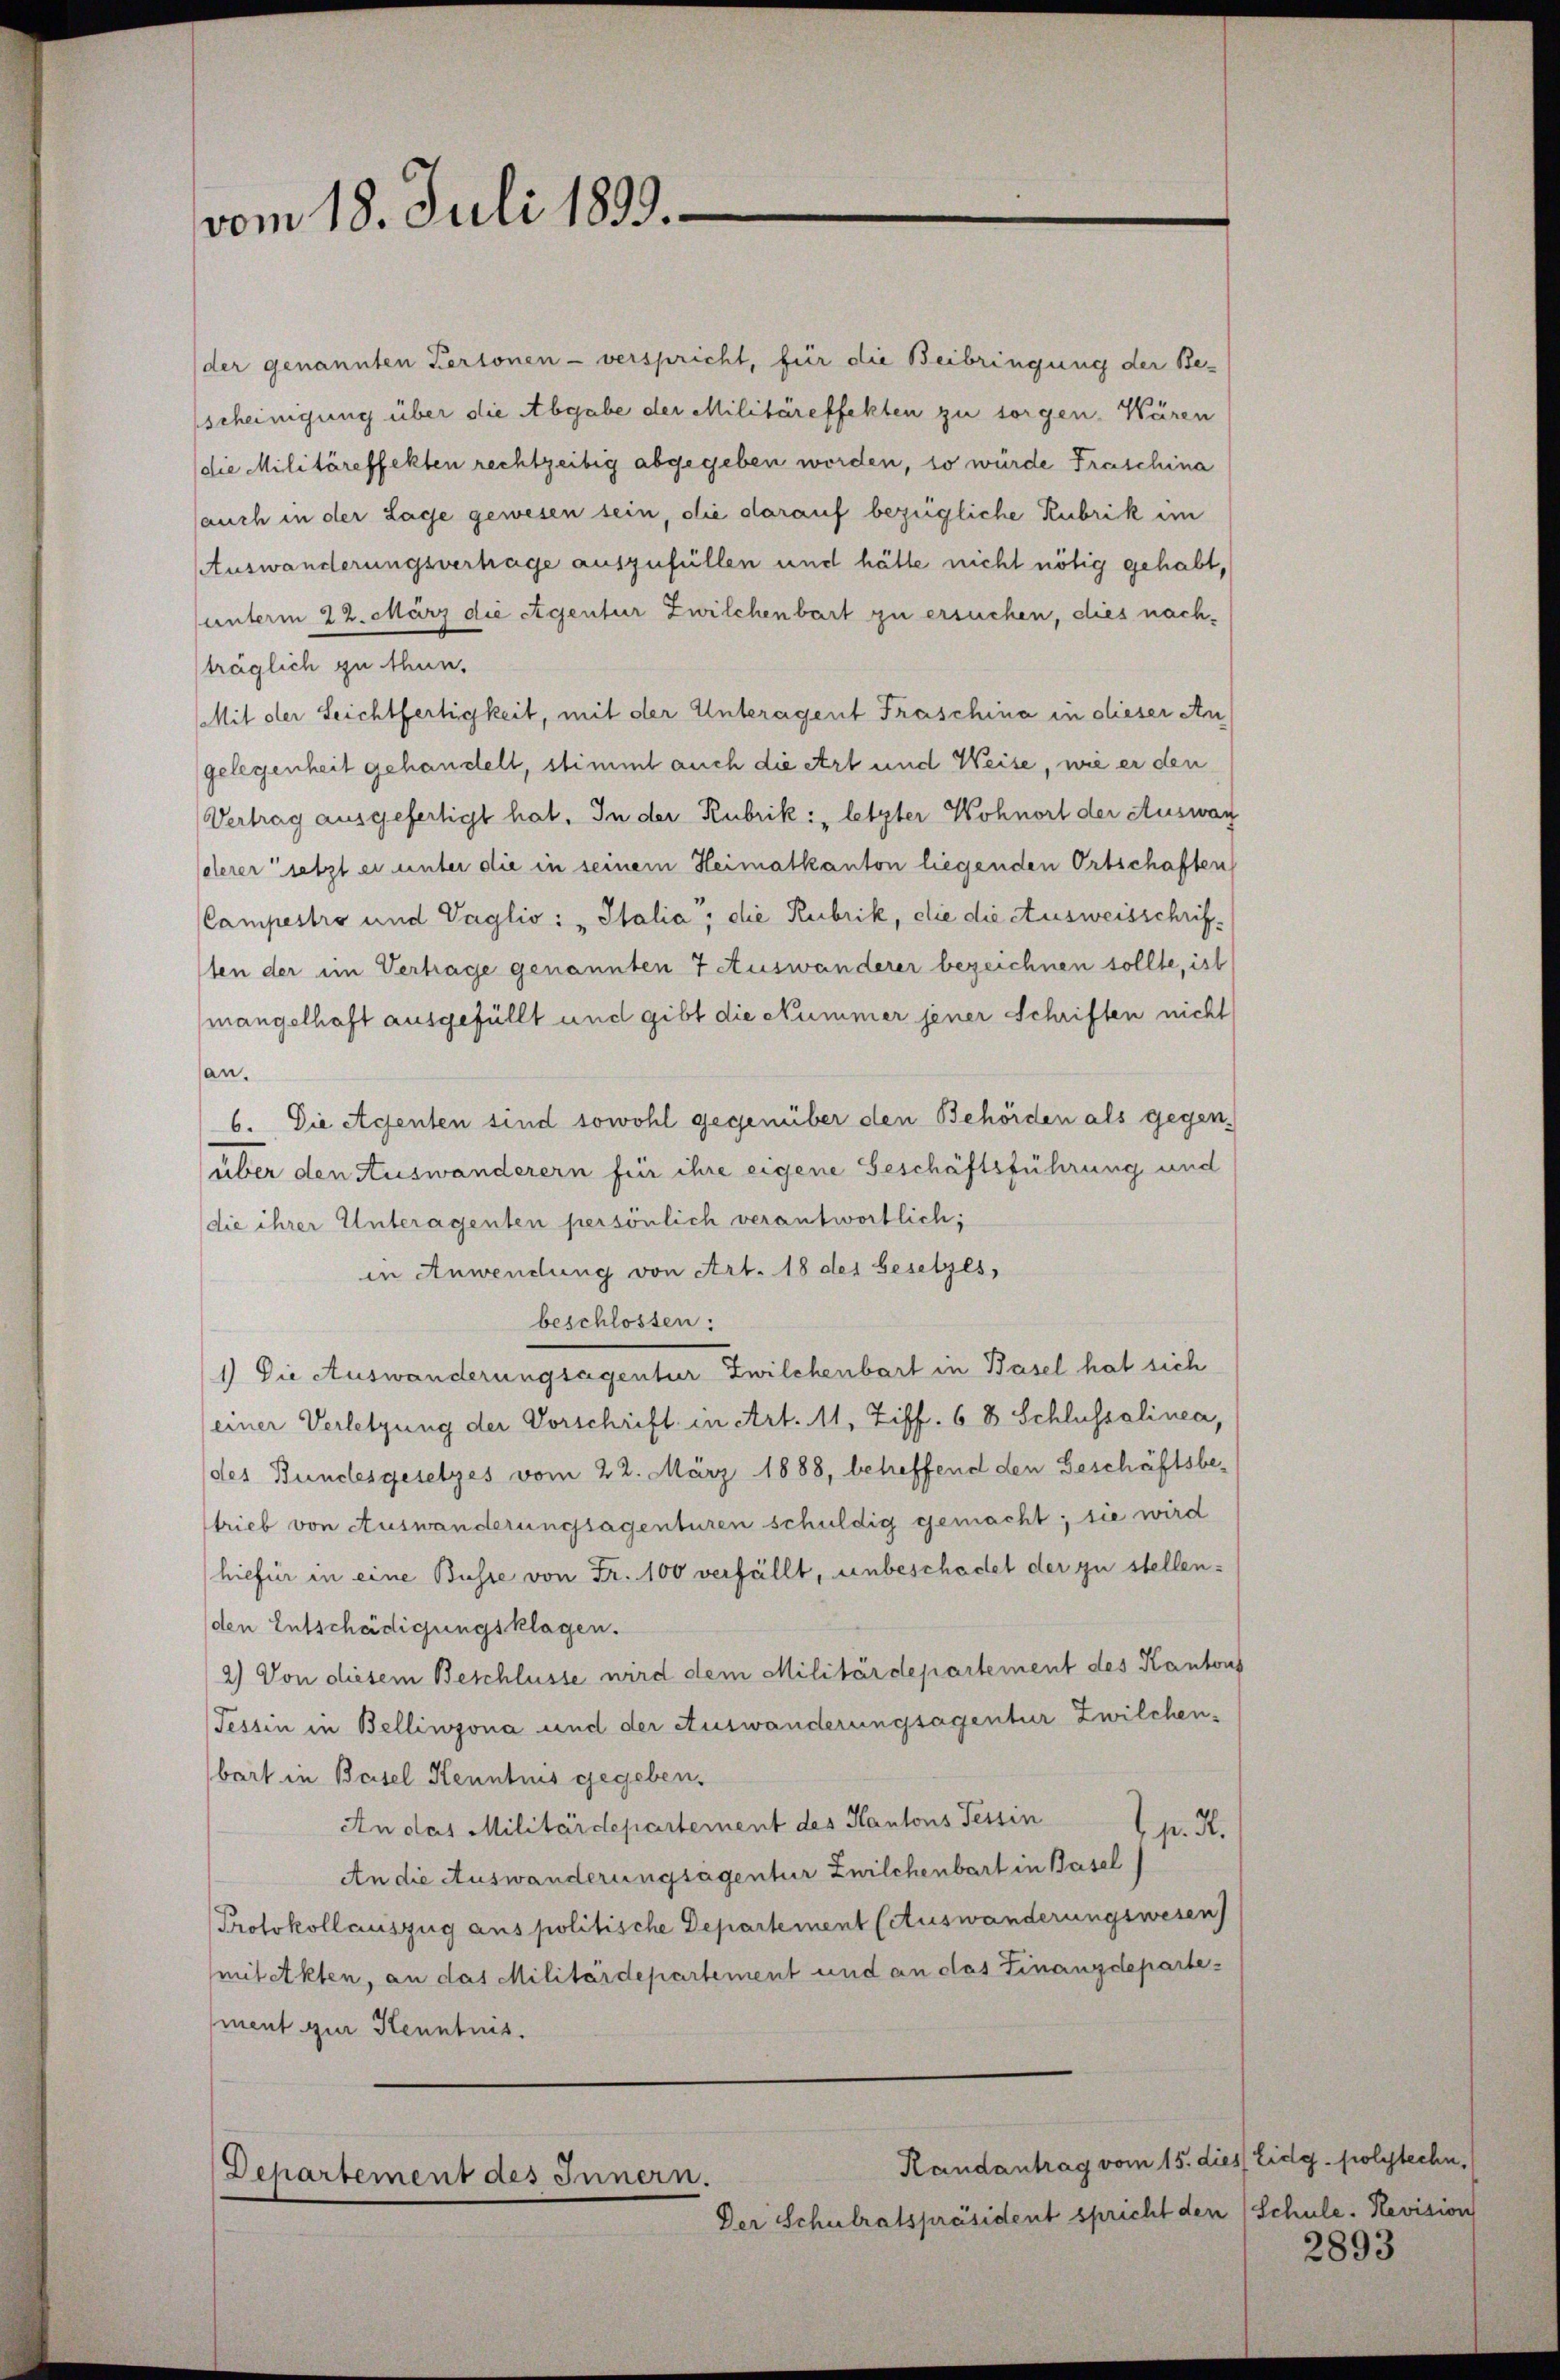
vom 18. Juli 1899.

der genannten Personen - verspricht, für die Beibringung der Be-
scheinigung über die Abgabe der Militäreffekten zu sorgen. Wären
die Militäreffekten rechtzeitig abgegeben worden, so würde Fraschina
auch in der Lage gewesen sein, die darauf bezügliche Rubrik im
Auswanderungsvertrage auszufüllen und hätte nicht nötig gehabt,
unterm 22. März die Eigentur Zwilchenbart zu ersuchen, dies nachträglich zu thun.
Mit der Leichtfertigkeit, mit der Unteragent Fraschina in dieser Angelegenheit gehandelt, stimmt auch die Art und Weise, wie er den
Vertrag ausgefertigt hat. In der Rubrik: „letzter Wohnort der Auswar
derer setzt er unter die in seinem Heimatkanton liegenden Ortschaften
Campestro und Vaglio: "Italia, die Rubrik, die die Ausweisschrifsten der im Vertrage genannten 7 Auswanderer bezeichnen sollte, ist
mangelhaft ausgefüllt und gibt die Nummer jener Schriften nicht
an.
6. Die Agenten sind sowohl gegenüber den Behörden als gegen-
über den Auswanderern für ihre eigene Geschäftsführung und
die ihrer Unteragenten persönlich verantwortlich;
in Anwendung von Art. 18 des Gesetzes,
beschlossen:
1) Die Auswanderungsagentur Zwilchenbart in Basel hat sich
(einer Verletzung der Vorschrift in Art. 11, Ziff. 6 8 Schlussalinea,
des Bundesgesetzes vom 22. März 1888, betreffend den Beschäftsbe-
trieb von Auswanderungsagenturen schuldig gemacht; sie wird
hiefür in eine Busse von Fr. 100 verfällt, unbeschadet der zu stellenden Entschädigungsklagen.
2) Von diesem Beschlüsse wird dem Militärdepartement des Kanton
Tessin in Bellinzona und der Auswanderungsagentur Zwilchenbart in Basel Kenntnis gegeben.
An das Militärdepartement des Kantons Tessin
pr. S.
An die Auswanderungsagentur Zwilchenbart in Basel
Protokollauszug aus politische Departement (Auswanderungswesen
(mit Akten, an das Militärdepartement und an das Finanzdepartement zur Kenntnis.

Departement des Innern.

Randantrag vom 15. dies Eidg. polytechn.
Der Schulratspräsident spricht den Schule. Revision

2893